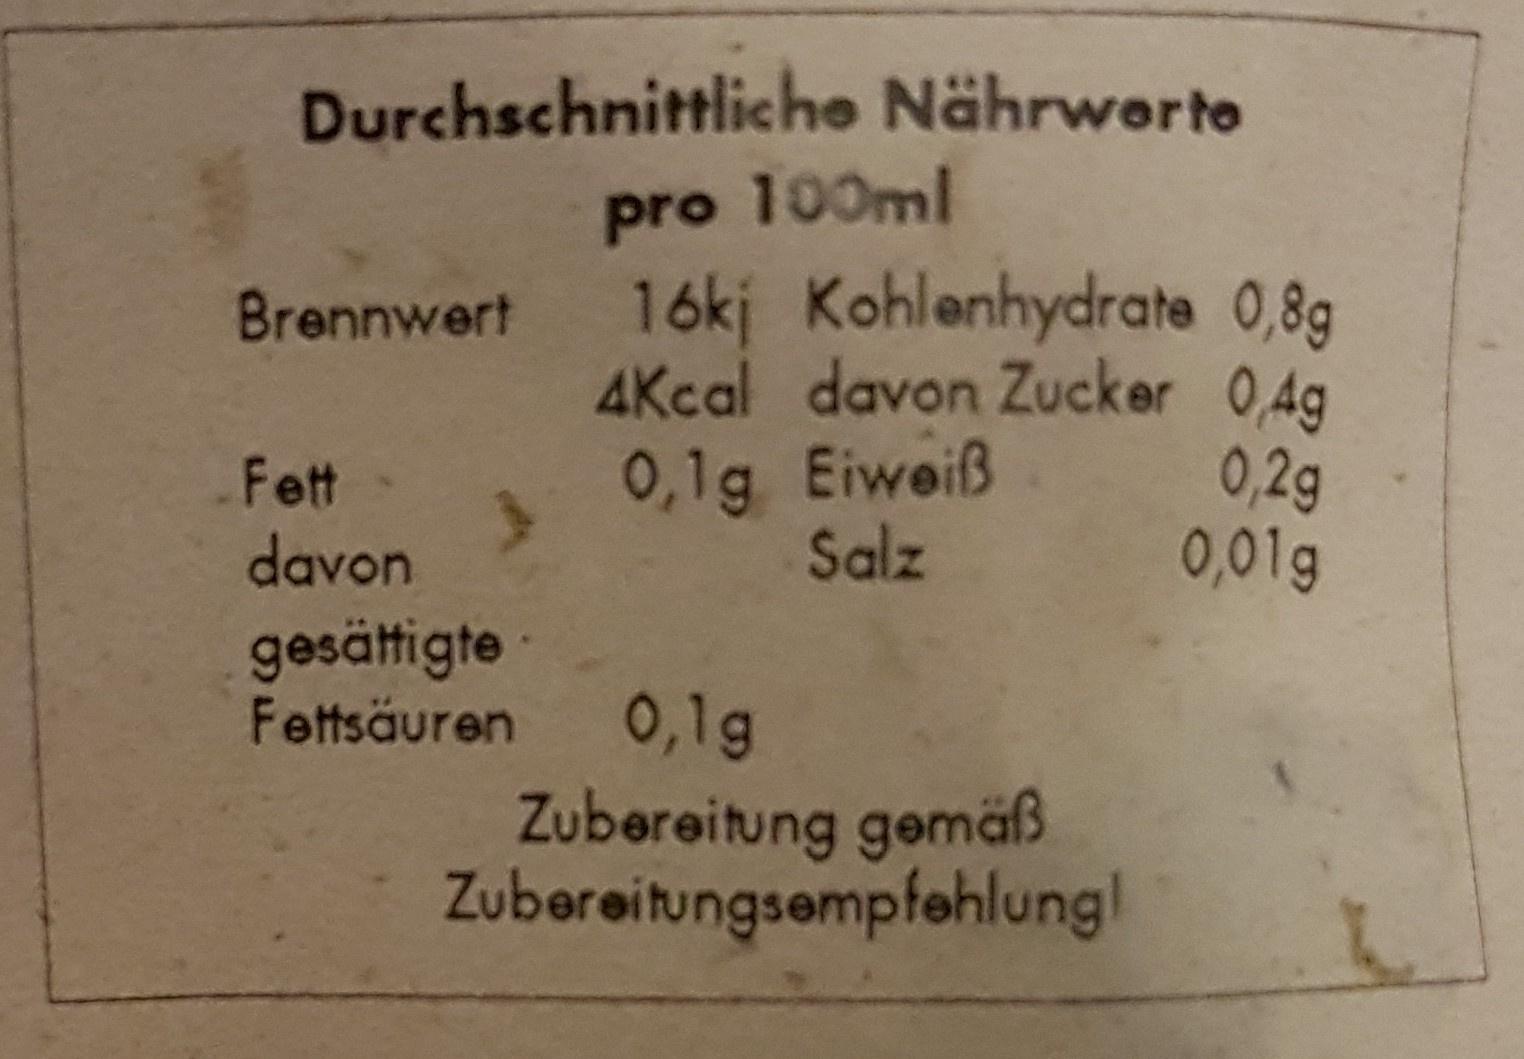
Durchschnittliche Nährwerte
pro 100ml Brennwert 16kj Kohlenhydrate 0,8g AKcal davon Zucker 0,4g 0,1g Eiweiß Salz
0,2g 0,01g
Fett
davon
gesättigte Fettsäuren
0,1g Zubereitung gemäß Zubereitungsempfehlungl